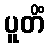
ပူတိံ